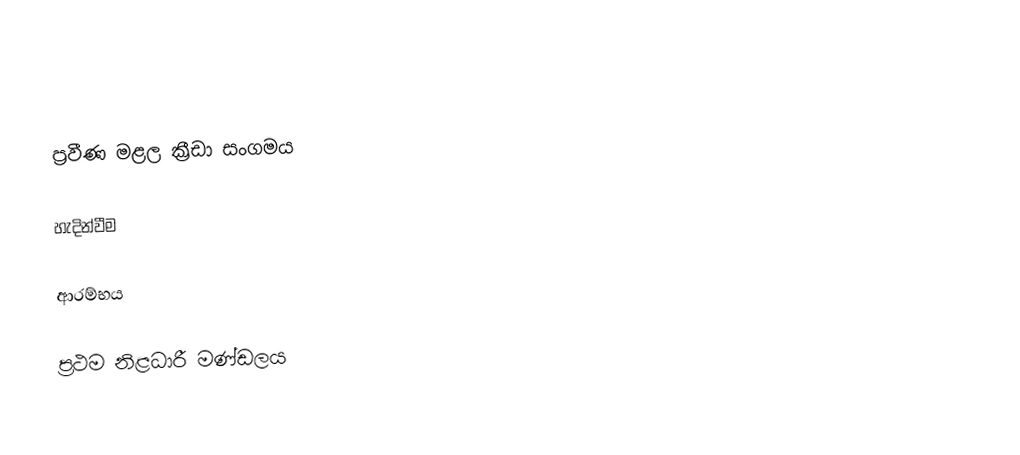

ප්‍රවීණ මළල ක්‍රීඩා සංගමය

හැදින්වීම

ආරම්භය

ප්‍රථම නිළධාරී මණ්ඩලය